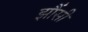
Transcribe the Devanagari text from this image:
झौंसी